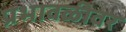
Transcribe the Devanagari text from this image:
प्रभावळीवर